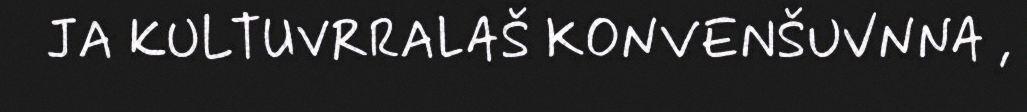
JA KULTUVRRALAŠ KONVENŠUVNNA ,